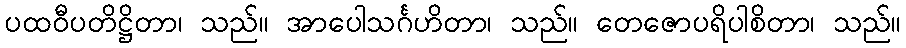
ပထဝီပတိဋ္ဌိတာ၊ သည်။ အာပေါသင်္ဂဟိတာ၊ သည်။ တေဇောပရိပါစိတာ၊ သည်။